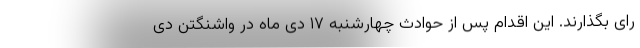
رای بگذارند. این اقدام پس از حوادث چهارشنبه ۱۷ دی ماه در واشنگتن دی